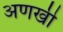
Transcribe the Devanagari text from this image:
अणखी